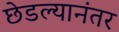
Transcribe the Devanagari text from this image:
छेडल्यानंतर